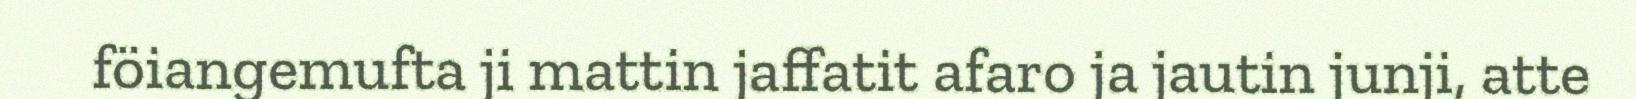
föiangemufta ji mattin jaffatit afaro ja jautin junji, atte